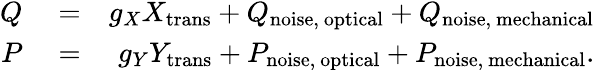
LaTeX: \begin{array}{rlr}{Q}&{{}=}&{g_{X}X_{\mathrm{trans}}+Q_{\mathrm{noise,~optical}}+Q_{\mathrm{noise,~mechanical}}}\\ {P}&{{}=}&{g_{Y}Y_{\mathrm{trans}}+P_{\mathrm{noise,~optical}}+P_{\mathrm{noise,~mechanical}}.}\end{array}